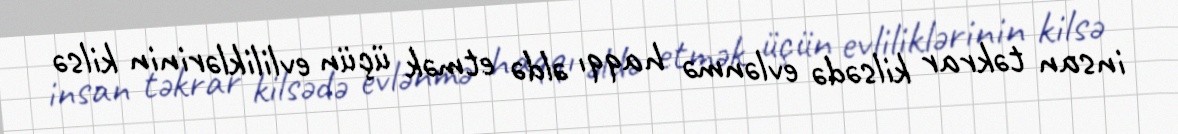
insan təkrar kilsədə evlənmə haqqı əldə etmək üçün evliliklərinin kilsə